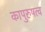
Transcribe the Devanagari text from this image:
कापुरुषत्व